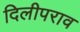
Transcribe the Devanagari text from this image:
दिलीपराव